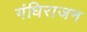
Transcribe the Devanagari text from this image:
गंधिराजन